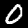
Digit: 0